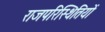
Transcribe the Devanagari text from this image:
राजपरिस्थितियों